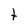
Character: t